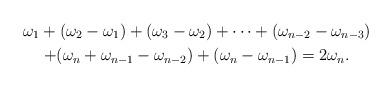
LaTeX: \begin{gather*}\omega_1 + (\omega_2 - \omega_1) + (\omega_3 - \omega_2) + \cdots + (\omega_{n-2} - \omega_{n-3})\\+ (\omega_n + \omega_{n-1} - \omega_{n-2}) + (\omega_n - \omega_{n-1}) = 2\omega_n.\end{gather*}